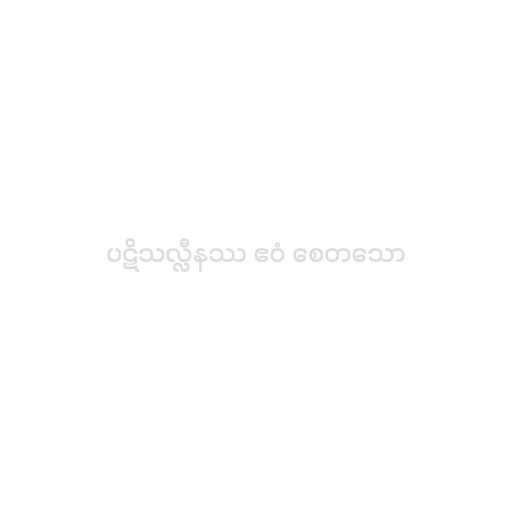
ပဋိသလ္လီနဿ ဧဝံ စေတသော